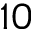
1 0